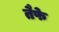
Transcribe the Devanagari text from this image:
तैफे